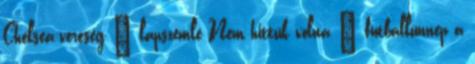
Chelsea-vereség – lapszemle Nem hittük volna – futballünnep a